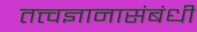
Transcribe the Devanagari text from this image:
तत्त्वज्ञानासंबंधी